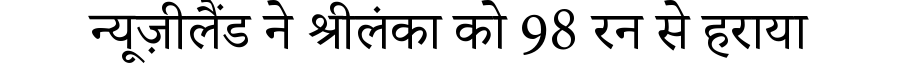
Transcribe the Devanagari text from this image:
न्यूज़ीलैंड ने श्रीलंका को 98 रन से हराया